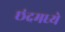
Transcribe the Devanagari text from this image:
छंदमध्ये